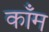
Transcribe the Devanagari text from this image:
काँम